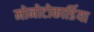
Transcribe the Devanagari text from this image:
मोनोटोकार्डिया